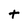
Character: t